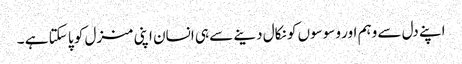
اپنے دل سے وہم اور وسوسوں کو نکال دینے سے ہی انسان اپنی منزل کو پا سکتا ہے ۔